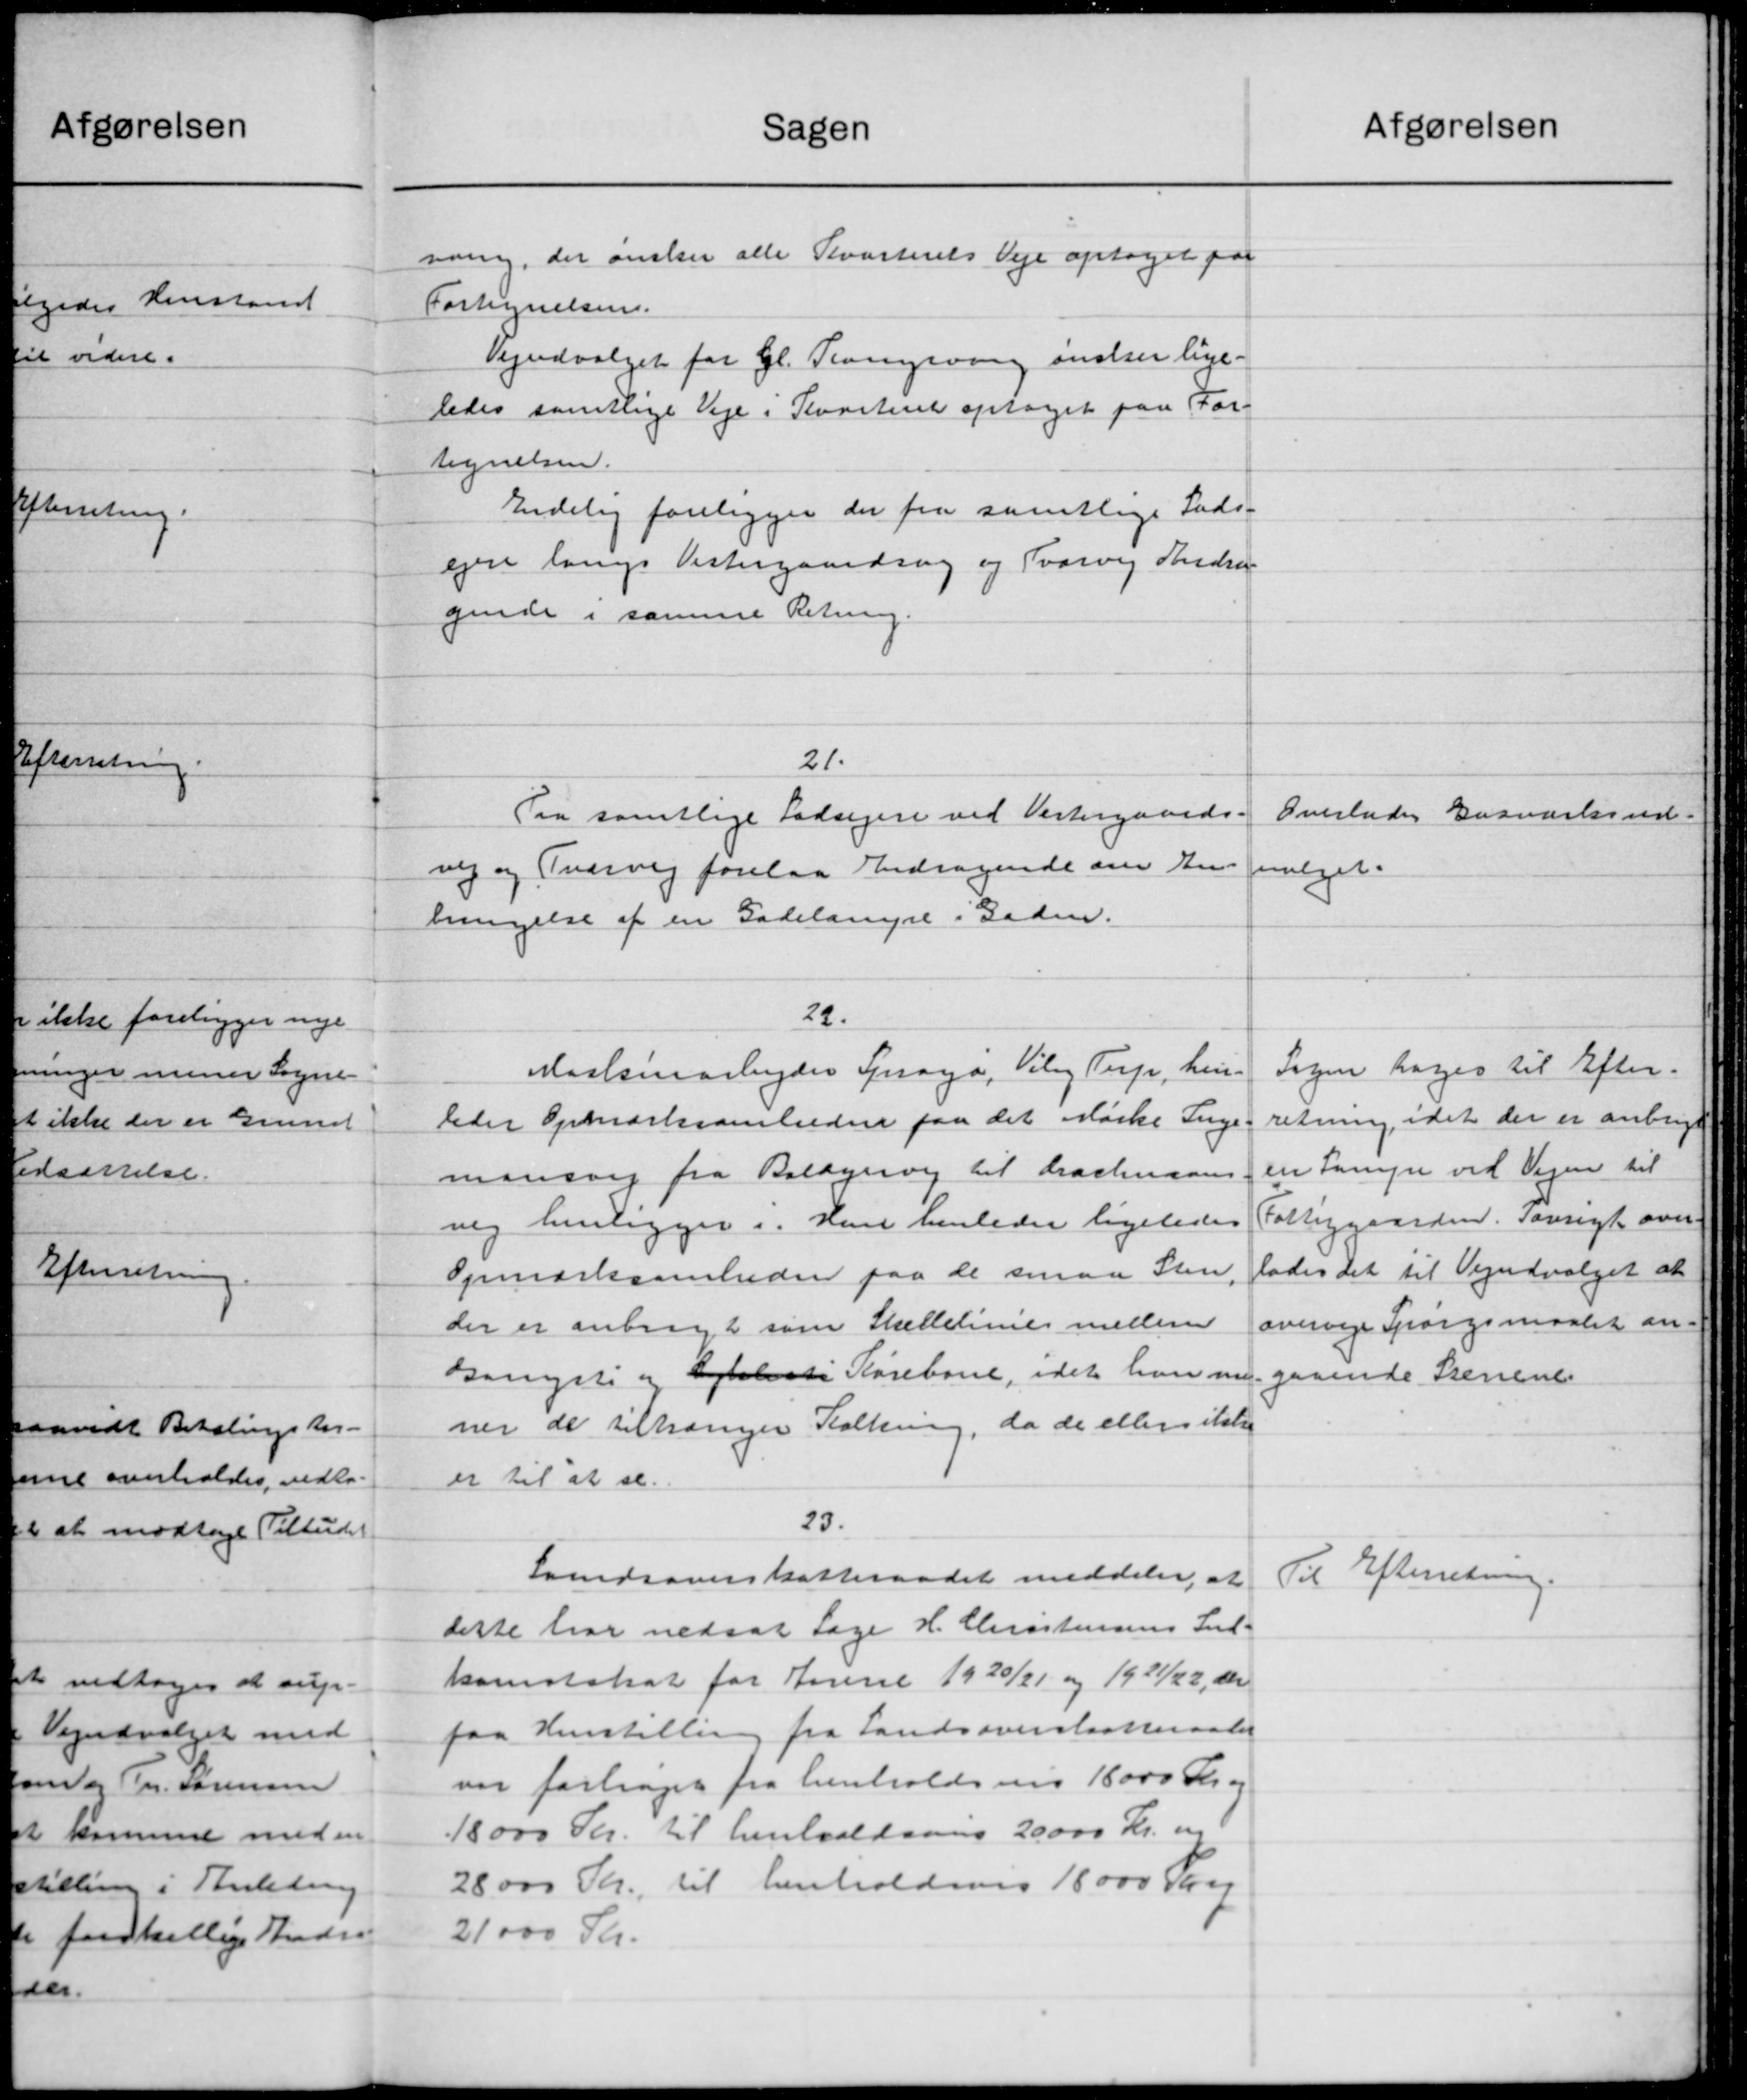
Transskription:
Sagen
naing, der ønsker alle Kvarterets Veje optaget paa
Fortegnelsen.
Vejudvalget for Gl. Trangsvang ønsker lige-
ledes samtlige Veje i Kvarteret optaget paa For-
tegnelsen.
Endelig foreligger der fra samtlige Lads-
ejere langs Vestergaardsvej og Svorvej Andrag
gende i samme Retning.
21.
Pra samtlige Lodsejere ved Vestergaards-
vej og Overvej forelaa Andragende om En-
bengelse af en Gadelange i Gaden.
22.
Maskinarbejder Sprage, Vil Terp, hen
leder Opmærksomheden paa det Mørke Inge
mansorg fra Baldgervej til Dracheson
nig henligger i han henleder ligeledes
Opmærksomheden paa de smaa Sten.
der er anbragt som Stættelinies mellem
Gangsti og Cykliste Kørebane, idet han nu
ner de tiltanger Kolkning, da de eller ikke
er til at se.
23.
Landsoverskatteraadet meddeler, at
dette har nedsat Læge H. Christensens Ind-
komstskat for Jaurt 1920/21 og 1921/22, der
paa Henstilling fra Landsoverslaatteraadet
var forhøjet fra henholdsvis 18000 Kr. og
18000 Kr. til henholdson 20.000 Kr. m
28.000 Kr. til henholdsvis 18000 Tryg
21.000 Kr.